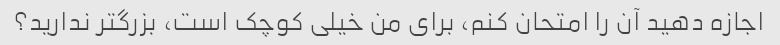
اجازه دهید آن را امتحان کنم، برای من خیلی کوچک است، بزرگتر ندارید؟